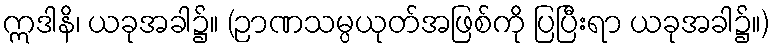
ဣဒါနိ၊ ယခုအခါ၌။ (ဉာဏသမ္ပယုတ်အဖြစ်ကို ပြပြီးရာ ယခုအခါ၌။)